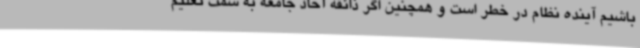
باشیم آینده نظام در خطر است و همچنین اگر ذائقه آحاد جامعه به سمت تعلیم